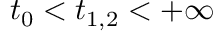
t _ { 0 } < t _ { 1 , 2 } < + \infty